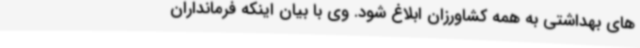
های بهداشتی به همه کشاورزان ابلاغ شود. وی با بیان اینکه فرمانداران